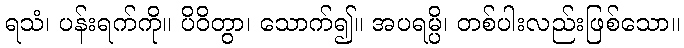
ရသံ၊ ပန်းရက်ကို။ ပိဝိတွာ၊ သောက်၍။ အပရမ္ပိ၊ တစ်ပါးလည်းဖြစ်သော။